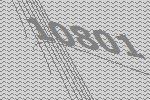
10801